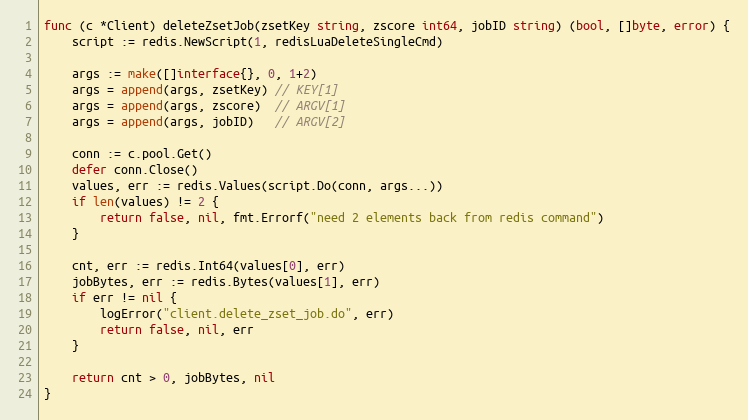
Language: Go
func (c *Client) deleteZsetJob(zsetKey string, zscore int64, jobID string) (bool, []byte, error) {
	script := redis.NewScript(1, redisLuaDeleteSingleCmd)

	args := make([]interface{}, 0, 1+2)
	args = append(args, zsetKey) // KEY[1]
	args = append(args, zscore)  // ARGV[1]
	args = append(args, jobID)   // ARGV[2]

	conn := c.pool.Get()
	defer conn.Close()
	values, err := redis.Values(script.Do(conn, args...))
	if len(values) != 2 {
		return false, nil, fmt.Errorf("need 2 elements back from redis command")
	}

	cnt, err := redis.Int64(values[0], err)
	jobBytes, err := redis.Bytes(values[1], err)
	if err != nil {
		logError("client.delete_zset_job.do", err)
		return false, nil, err
	}

	return cnt > 0, jobBytes, nil
}